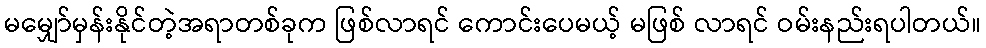
မမျှော်မှန်းနိုင်တဲ့အရာတစ်ခုက ဖြစ်လာရင် ကောင်းပေမယ့် မဖြစ် လာရင် ဝမ်းနည်းရပါတယ်။